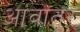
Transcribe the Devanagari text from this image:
आवांतर